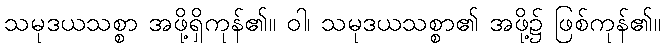
သမုဒယသစ္စာ အဖို့ရှိကုန်၏။ ဝါ၊ သမုဒယသစ္စာ၏ အဖို့၌ ဖြစ်ကုန်၏။